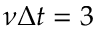
\nu \Delta t = 3